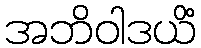
အဘိဝါဒယိံ